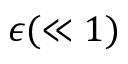
\epsilon ( \ll 1 )